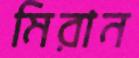
মিরান